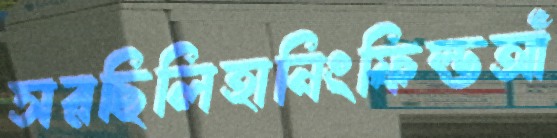
সরছিলিহানিংফিল্ডআঁ